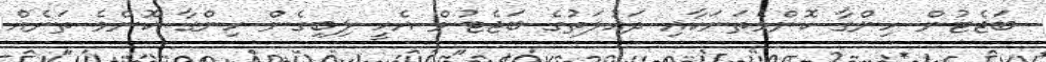
ބަޖެޓުން ހިންގާ ކޮންމެތަނަކާއި ދައުލަތުގެ ބަޖެޓުން އެހީ ލިބިގެން ހިންގާ ކޮންމެ ތަނެއް